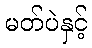
မတ်ပဲနှင့်